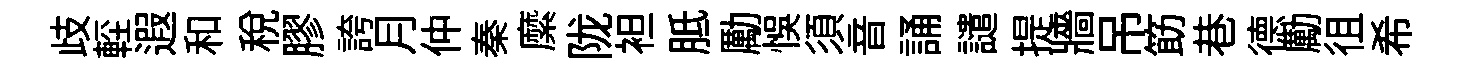
歧䡖遐和税膠誇月仲秦縻陇袒胝勵悞須音誦譴提牆吊筯巷德勵徂希